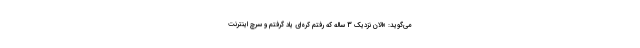
می‌گوید: «الان نزدیک 3 ساله که رفتم کره‌ای یاد گرفتم و سرچ اینترنت